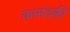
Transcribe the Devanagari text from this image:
कामंदकी